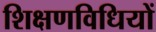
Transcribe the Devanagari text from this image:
शिक्षणविधियों